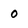
Character: 0